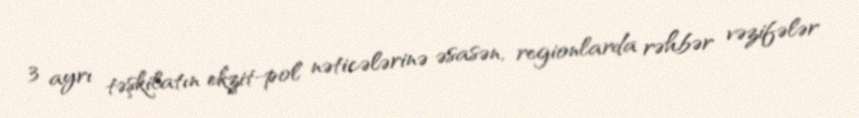
3 ayrı təşkilatın ekzit-pol nəticələrinə əsasən, regionlarda rəhbər vəzifələr